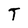
Character: T